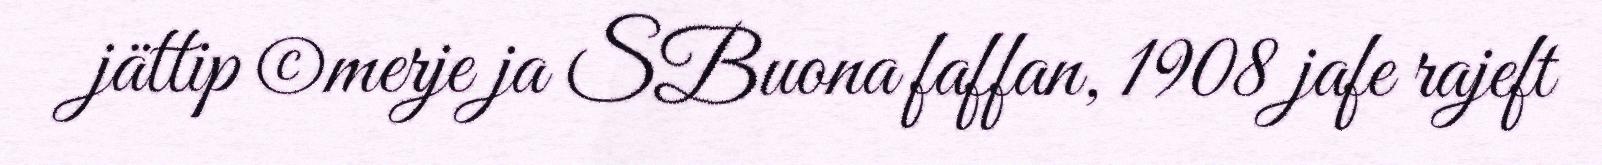
jättip ©merje ja SBuona faffan, 1908 jafe rajeft